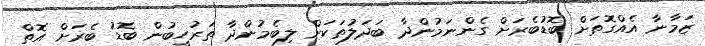
ޒަމާނާ އެއްގޮތަށް ބޮޑުބެރަށް ގެންނަމުންދާ ބަދަލުތަކަށް ލިބެމުންދާ ތަރުހީބުން ބޮޑު ބެރަށް އޮތް